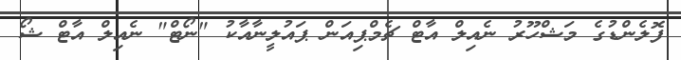
ފޮލެންޑުގެ މަޝްހޫރު ނެއިލް އާޓް ޗެމްޕިއަން ޕައުލީނާއާކު "ނޯޓް" ނެއިލް އާޓް ޝޯ